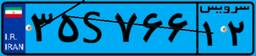
۳۵S۷۶۶۱۲